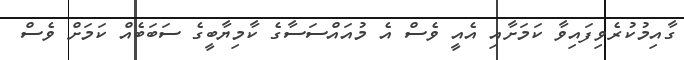
ގާއިމުކުރެވިފައިވާ ކަމަށާއި އެއީ ވެސް އެ މުއައްސަސާގެ ކާމިޔާބީގެ ސަބަބެއް ކަމަށް ވެސް